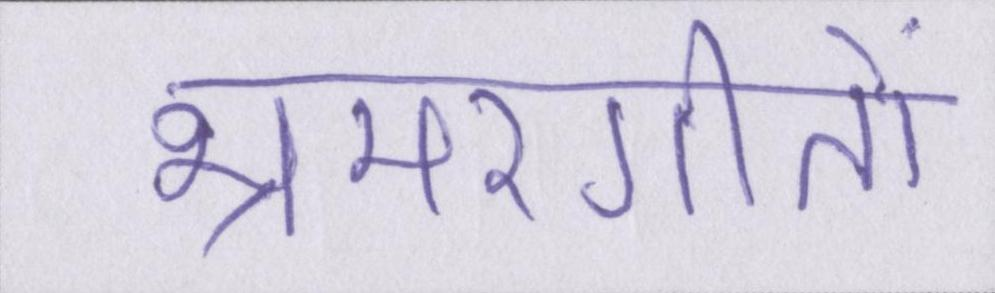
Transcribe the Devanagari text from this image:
भ्रमरगीतों